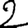
Digit: 2